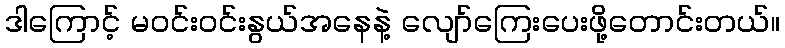
ဒါကြောင့် မဝင်းဝင်းနွယ်အနေနဲ့ လျော်ကြေးပေးဖို့တောင်းတယ်။